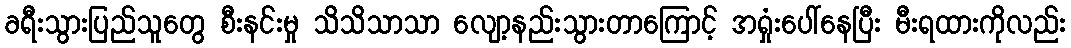
ခရီးသွားပြည်သူတွေ စီးနင်းမှု သိသိသာသာ လျော့နည်းသွားတာကြောင့် အရှုံးပေါ်နေပြီး မီးရထားကိုလည်း